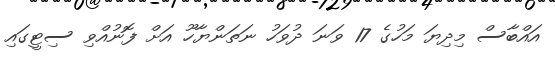
އައްބާސް މިދިޔަ މަހުގެ 17 ވަނަ ދުވަހު ނަތަންޔާހޫ އަށް ފޮނުއްވި ސިޓީގައި